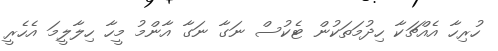
ހުރިހާ އެއްޗަކާ ހިދުމަތަކުން ޓެކުސް ނަގާ ނަގާ އާންމު މީހާ ހިލާލީމަ އެހެރީ